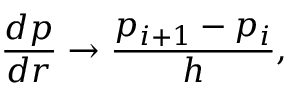
\frac { d p } { d r } \rightarrow \frac { p _ { i + 1 } - p _ { i } } h ,